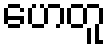
ဟေတူ